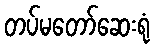
တပ်မတော်ဆေးရုံ